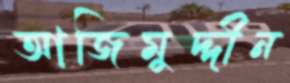
আজিমুদ্দীন